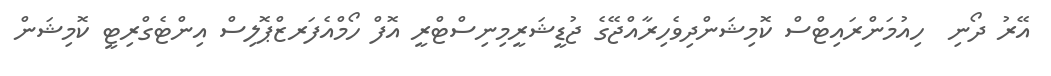
އޭރު ދޯނި  ހިއުމަންރައިޓްސް ކޮމިޝަންދިވެހިރާއްޖޭގެ ޖުޑީޝަރީމިނިސްޓްރީ އޮފް ހޯމްއެފަރޒްޕޮލިސް އިންޓެގްރިޓީ ކޮމިޝަން